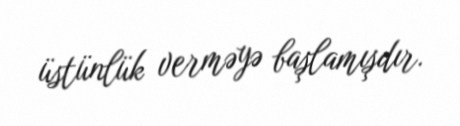
üstünlük verməyə başlamışdır.